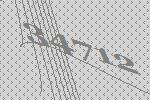
34712